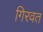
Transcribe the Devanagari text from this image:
गिरवत